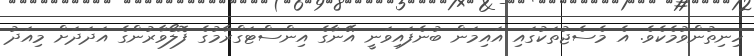
ހިިނިތުންވުމެކެވެ. އެ މެސެޖުތަކުގައި އައިމަން ބުނެފައިވަނީ އޭނާގެ އިންސްޓަގްރާމުގެ ފޮލޯވާރުންގެ އަދަދަށް މިއަދު